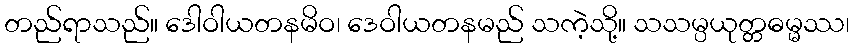
တည်ရာသည်။ ဒေါဝါယတနမိဝ၊ ဒေဝါယတနမည် သကဲ့သို့။ သသမ္ပယုတ္တဓမ္မဿ၊